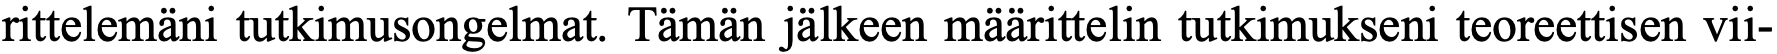
rittelemäni tutkimusongelmat. Tämän jälkeen määrittelin tutkimukseni teoreettisen vii-